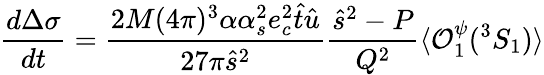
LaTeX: \frac{d\Delta\sigma}{dt}=\frac{2M(4\pi)^{3}\alpha\alpha_{s}^{2}e_{c}^{2}\hat{t}\hat{u}}{27\pi\hat{s}^{2}}\frac{\hat{s}^{2}-P}{Q^{2}}\langle{\cal O}_{1}^{\psi}({}^{3}S_{1})\rangle